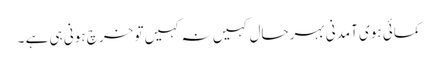
کمائی ہوی آمدنی بہرحال کہیں نہ کہیں تو خرچ ہونی ہی ہے ۔